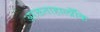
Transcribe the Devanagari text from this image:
अरक्तताहालाँकि